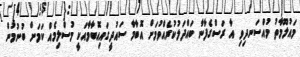
މައުލޫމާތު މުއްސަނދިވި އާ ރަސްގެފާނާ ބައްދަލުކުރެއްވުމަށް އޮބާމާ ސައުދީގައިއޮބާމާއަކީ މުސްލިމެއް ކަމަށް ބުނުމުން